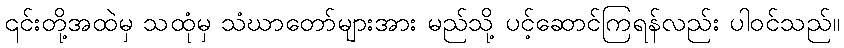
၎င်းတို့အထဲမှ သထုံမှ သံဃာတော်များအား မည်သို့ ပင့်ဆောင်ကြရန်လည်း ပါဝင်သည်။